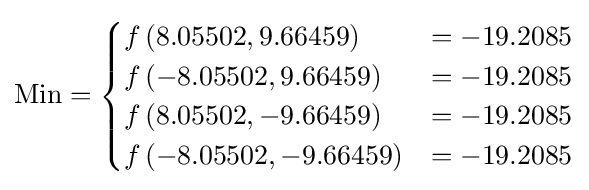
{\text{Min}}={\begin{cases}f\left(8.05502,9.66459\right)&=-19.2085\\f\left(-8.05502,9.66459\right)&=-19.2085\\f\left(8.05502,-9.66459\right)&=-19.2085\\f\left(-8.05502,-9.66459\right)&=-19.2085\end{cases}}